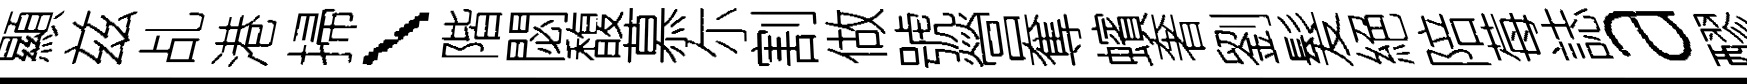
顯兹乩港掃、階閟馥慕尓割做號營奪蠙奢劉髮絕陪莓誌a醪